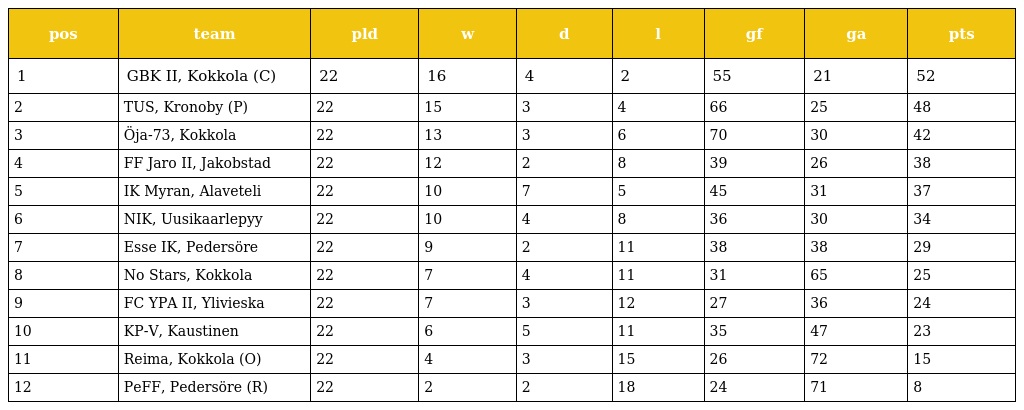
| pos | team | pld | w | d | l | gf | ga | pts |
 | --- | --- | --- | --- | --- | --- | --- | --- | --- |
 | 1 | GBK II, Kokkola (C) | 22 | 16 | 4 | 2 | 55 | 21 | 52 |
 | 2 | TUS, Kronoby (P) | 22 | 15 | 3 | 4 | 66 | 25 | 48 |
 | 3 | Öja-73, Kokkola | 22 | 13 | 3 | 6 | 70 | 30 | 42 |
 | 4 | FF Jaro II, Jakobstad | 22 | 12 | 2 | 8 | 39 | 26 | 38 |
 | 5 | IK Myran, Alaveteli | 22 | 10 | 7 | 5 | 45 | 31 | 37 |
 | 6 | NIK, Uusikaarlepyy | 22 | 10 | 4 | 8 | 36 | 30 | 34 |
 | 7 | Esse IK, Pedersöre | 22 | 9 | 2 | 11 | 38 | 38 | 29 |
 | 8 | No Stars, Kokkola | 22 | 7 | 4 | 11 | 31 | 65 | 25 |
 | 9 | FC YPA II, Ylivieska | 22 | 7 | 3 | 12 | 27 | 36 | 24 |
 | 10 | KP-V, Kaustinen | 22 | 6 | 5 | 11 | 35 | 47 | 23 |
 | 11 | Reima, Kokkola (O) | 22 | 4 | 3 | 15 | 26 | 72 | 15 |
 | 12 | PeFF, Pedersöre (R) | 22 | 2 | 2 | 18 | 24 | 71 | 8 |